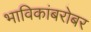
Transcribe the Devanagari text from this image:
भाविकांबरोबर